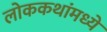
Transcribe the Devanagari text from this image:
लोककथांमध्ये